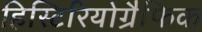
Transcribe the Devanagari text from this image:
हिस्टिरियोग्रैफिक